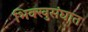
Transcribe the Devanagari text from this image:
भिक्खुसंघात